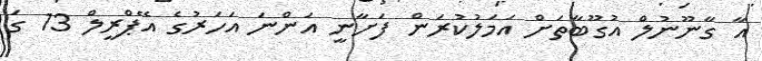
އާ ގާނޫނުލް އުގޫބާތަށް އަމަލުކުރަން ފަށާނީ އަންނަ އަހަރުގެ އޭޕްރީލް 13 ގަ